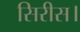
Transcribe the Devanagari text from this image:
सिरीस।